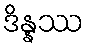
ဒိန္နဿ